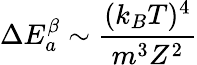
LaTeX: \Delta E_{a}^{\beta}\sim\frac{(k_{B}T)^{4}}{m^{3}Z^{2}}